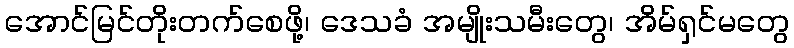
အောင်မြင်တိုးတက်စေဖို့၊ ဒေသခံ အမျိုးသမီးတွေ၊ အိမ်ရှင်မတွေ